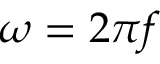
\omega = 2 \pi f